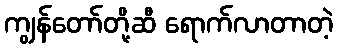
ကျွန်တော်တို့ဆီ ရောက်လာတာတဲ့